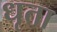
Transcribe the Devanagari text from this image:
धृता